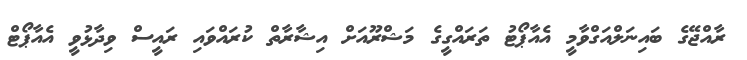
ރާއްޖޭގެ ބައިނަލްއަގްވާމީ އެއާޕޯޓު ތަރައްގީގެ މަޝްރޫއަށް އިޝާރާތް ކުރައްވައި ރައީސް ވިދާޅުވީ އެއާޕޯޓް